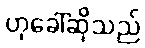
ဟုခေါ်ဆိုသည်